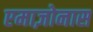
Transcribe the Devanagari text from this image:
एमाज़ोनास